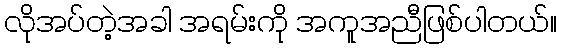
လိုအပ်တဲ့အခါ အရမ်းကို အကူအညီဖြစ်ပါတယ်။